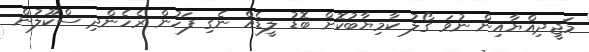
މަޖީދިއްޔާއިން ނުވަ ގޯލު ކާމިޔާބުކޮށް ބޮޑު ލީޑެއް ނެގި ފަހުން ރެހެންދި ސްކޫލުން